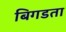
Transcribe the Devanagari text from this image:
बिगडता